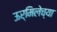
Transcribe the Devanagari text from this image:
ऊर्मिलेच्या